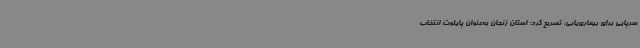
سرپایی برای بیماری‌یابی، تصریح کرد: استان زنجان به‌عنوان پایلوت انتخاب